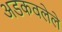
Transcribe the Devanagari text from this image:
अडकवलेले